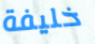
خليفة